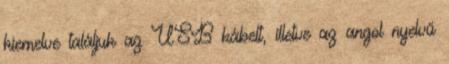
kiemelve találjuk az USB kábelt, illetve az angol nyelvű